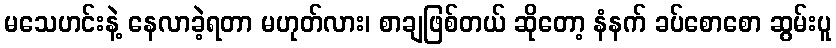
မသေဟင်းနဲ့ နေလာခဲ့ရတာ မဟုတ်လား၊ စာချဖြစ်တယ် ဆိုတော့ နံနက် ခပ်စောစော ဆွမ်းပူ